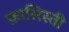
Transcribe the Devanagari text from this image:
फ़ासिस्ती